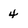
Character: 4